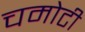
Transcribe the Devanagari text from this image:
चमोटी